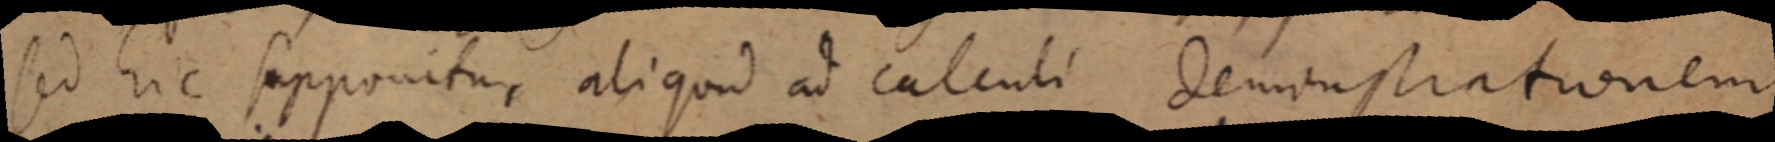
sed hic supponitur, aliquid ad calculi demonstrationem